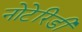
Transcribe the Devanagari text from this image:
नोटेरिडी